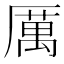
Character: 厲